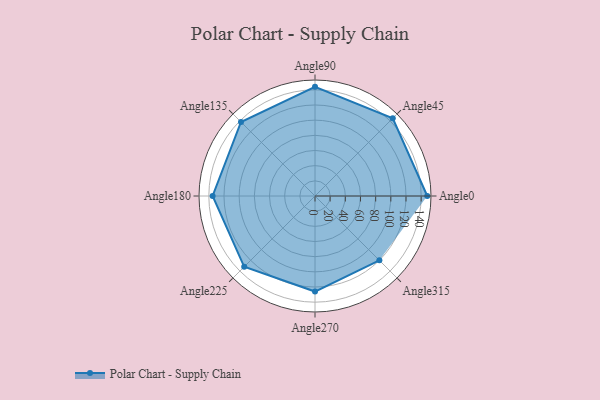
{"axis": {"x": "Angle", "y": "Radius"}, "legend": [""], "data": [{"x": "Angle0", "y": 148.0, "type": ""}, {"x": "Angle45", "y": 145.0, "type": ""}, {"x": "Angle90", "y": 144.0, "type": ""}, {"x": "Angle135", "y": 138.0, "type": ""}, {"x": "Angle180", "y": 135.0, "type": ""}, {"x": "Angle225", "y": 132.0, "type": ""}, {"x": "Angle270", "y": 126.0, "type": ""}, {"x": "Angle315", "y": 120.0, "type": ""}]}